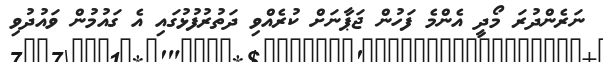
ނަރެންދުރަ މޯދީ އެންމެ ފަހުން ޖަޕާނަށް ކުރެއްވި ދަތުރުފުޅުގައި އެ ގައުމުން ވައުދުވި